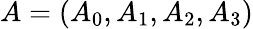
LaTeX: A=\left(A_{0},A_{1},A_{2},A_{3}\right)